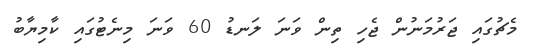
މެޗުގައި ޖަރުމަނުން ޖެހި ތިން ވަނަ ލަނޑު 60 ވަނަ މިނެޓުގައި ކާމިޔާބު